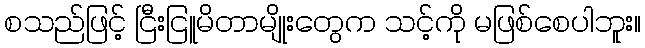
စသည်ဖြင့် ငြီးငြူမိတာမျိုးတွေက သင့်ကို မဖြစ်စေပါဘူး။